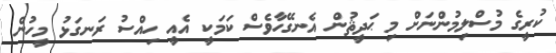
ކުރީގެ މުސްލިމުންނަށް މި ޙަދީޘުން އެނގޭހާވެސް ކަމަކީ އެއީ ހިއްސު ރަނގަޅު މީހުން